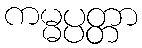
ကမ္မပ္ပတ္တာ